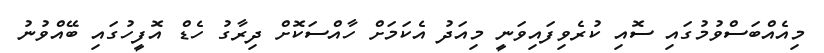
މިއެއްބަސްވުމުގައި ސޮއި ކުރެވިފައިވަނީ މިއަދު އެކަމަށް ހާއްސަކޮށް ދިރާގު ހެޑް އޮފީހުގައި ބޭއްވުނު